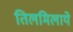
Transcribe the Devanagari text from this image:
तिलमिलाये